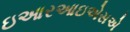
ઇઆરઆઇએસએ